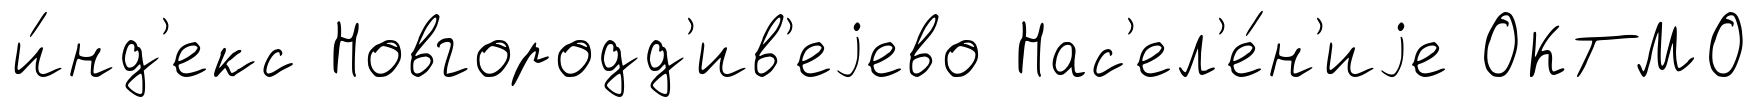
и́нд'екс Новгородд'ив'еjево Нас'ел'е́н'иjе ОКТМО